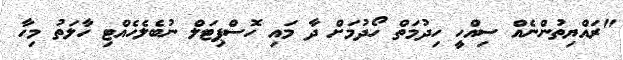
"ރައްޔިތުންނެއް ސިއްހީ ހިދުމަތް ހޯދުމަށް ދާ މައި ހޮސްޕިޓަލް ނުބެލެހެއްޓި ހާލަތު މިހާ